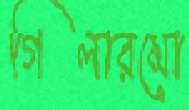
গিলারমো